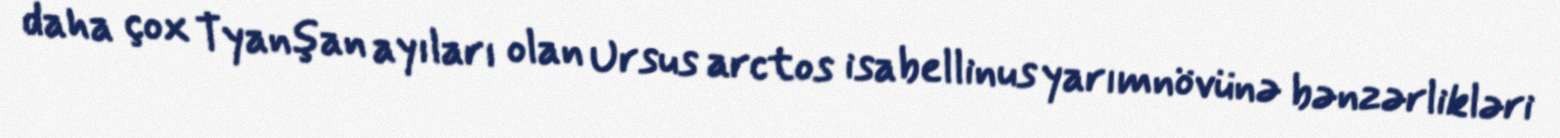
daha çox Tyanşan ayıları olan Ursus arctos isabellinus yarımnövünə bənzərlikləri